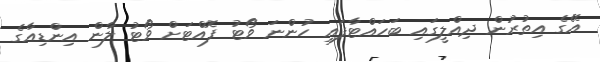
އޭގެ އިތުރުން ދިއްލީގައި ބަހައްޓާފައި ހުންނަ ވޯޓު ފޮއްޓަށް ވޯޓު ލާން އިންޑިއާގެ